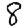
Digit: 8